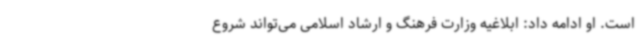
است. او ادامه داد: ابلاغیه وزارت فرهنگ و ارشاد اسلامی می‌تواند شروع